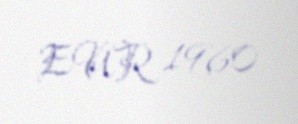
EUR 1960